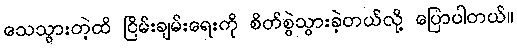
သေသွားတဲ့ထိ ငြိမ်းချမ်းရေးကို စိတ်စွဲသွားခဲ့တယ်လို့ ပြောပါတယ်။